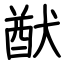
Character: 猷